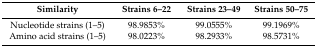
<table><thead><tr><td><b>Similarity</b></td><td><b>Strains 6–22</b></td><td><b>Strains 23–49</b></td><td><b>Strains 50–75</b></td></tr></thead><tbody><tr><td>Nucleotide strains (1–5)</td><td>98.9853%</td><td>99.0555%</td><td>99.1969%</td></tr><tr><td>Amino acid strains (1–5)</td><td>98.0223%</td><td>98.2933%</td><td>98.5731%</td></tr></tbody></table>